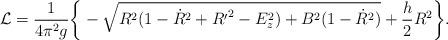
LaTeX: \begin{align*}{\cal L} = \frac{1}{4\pi^2g}\bigg\{-\sqrt{R^2(1-{\dot R}^2+{R^{\prime}}^2-E^2_z)+B^2(1-{\dot R}^2)}+\frac{h}{2}R^2\bigg\}.\end{align*}